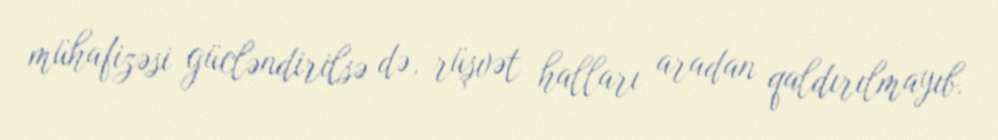
mühafizəsi gücləndirilsə də, rüşvət halları aradan qaldırılmayıb.